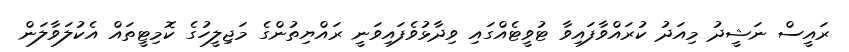
ރައީސް ނަޝީދު މިއަދު ކުރައްވާފައިވާ ޓުވީޓެއްގައި ވިދާޅުވެފައިވަނީ ރައްޔިތުންގެ މަޖިލީހުގެ ކޮމިޓީތައް އެކުލަވާލަން